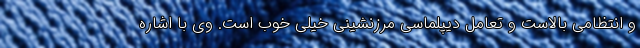
و انتظامی بالاست و تعامل دیپلماسی مرزنشینی خیلی خوب است. وی با اشاره